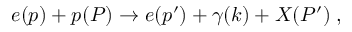
e ( p ) + p ( P ) \to e ( p ^ { \prime } ) + \gamma ( k ) + X ( P ^ { \prime } ) \; ,